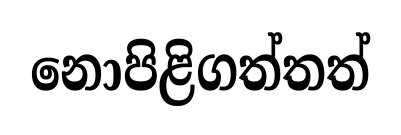
නොපිළිගත්තත්